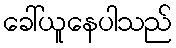
ခေါ်ယူနေပါသည်